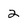
Character: 2